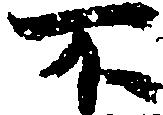
不